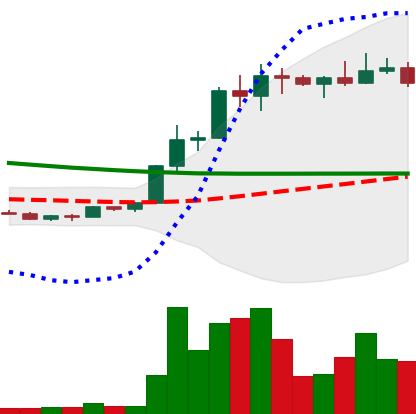
Ticker: ETC-USD
Chart end date: 2022-03-31
Forward return: -5.824%
Label: down_5_7